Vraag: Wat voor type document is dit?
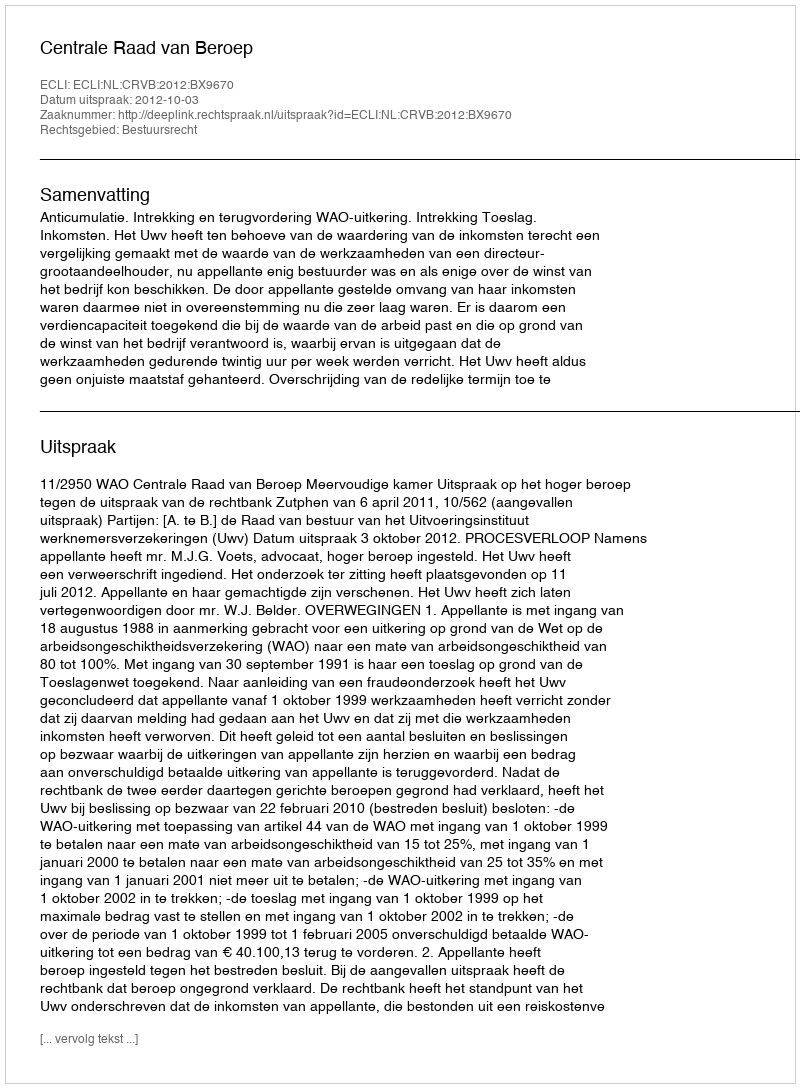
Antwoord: Uitspraak